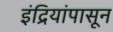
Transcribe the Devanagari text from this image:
इंद्रियांपासून